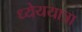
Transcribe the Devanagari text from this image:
ध्येययात्रा